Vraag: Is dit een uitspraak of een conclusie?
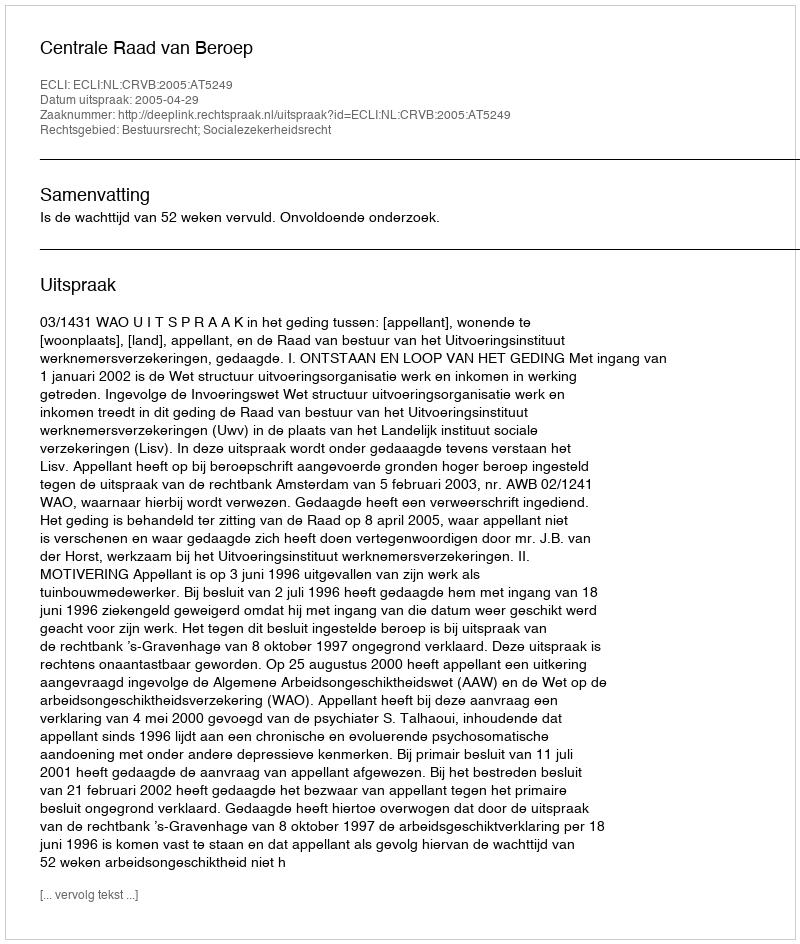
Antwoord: Uitspraak